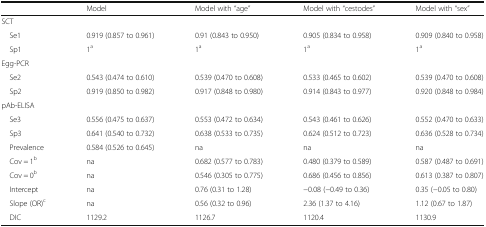
<table><thead><tr><td></td><td><b>Model</b></td><td><b>Model with “age”</b></td><td><b>Model with “cestodes”</b></td><td><b>Model with “sex”</b></td></tr></thead><tbody><tr><td colspan="5">SCT</td></tr><tr><td> Se1</td><td>0.919 (0.857 to 0.961)</td><td>0.91 (0.843 to 0.950)</td><td>0.905 (0.834 to 0.958)</td><td>0.909 (0.840 to 0.958)</td></tr><tr><td> Sp1</td><td>1<sup>a</sup></td><td>1<sup>a</sup></td><td>1<sup>a</sup></td><td>1<sup>a</sup></td></tr><tr><td colspan="5">Egg-PCR</td></tr><tr><td> Se2</td><td>0.543 (0.474 to 0.610)</td><td>0.539 (0.470 to 0.608)</td><td>0.533 (0.465 to 0.602)</td><td>0.539 (0.470 to 0.608)</td></tr><tr><td> Sp2</td><td>0.919 (0.850 to 0.982)</td><td>0.917 (0.848 to 0.980)</td><td>0.914 (0.843 to 0.977)</td><td>0.920 (0.848 to 0.984)</td></tr><tr><td colspan="5">pAb-ELISA</td></tr><tr><td> Se3</td><td>0.556 (0.475 to 0.637)</td><td>0.553 (0.472 to 0.634)</td><td>0.543 (0.461 to 0.626)</td><td>0.552 (0.470 to 0.633)</td></tr><tr><td> Sp3</td><td>0.641 (0.540 to 0.732)</td><td>0.638 (0.533 to 0.735)</td><td>0.624 (0.512 to 0.723)</td><td>0.636 (0.528 to 0.734)</td></tr><tr><td> Prevalence</td><td>0.584 (0.526 to 0.645)</td><td>na</td><td>na</td><td>na</td></tr><tr><td> Cov = 1<sup>b</sup></td><td>na</td><td>0.682 (0.577 to 0.783)</td><td>0.480 (0.379 to 0.589)</td><td>0.587 (0.487 to 0.691)</td></tr><tr><td> Cov = 0<sup>b</sup></td><td>na</td><td>0.546 (0.305 to 0.775)</td><td>0.686 (0.456 to 0.856)</td><td>0.613 (0.387 to 0.807)</td></tr><tr><td> Intercept</td><td>na</td><td>0.76 (0.31 to 1.28)</td><td>−0.08 (−0.49 to 0.36)</td><td>0.35 (−0.05 to 0.80)</td></tr><tr><td> Slope (OR)<sup>c</sup></td><td>na</td><td>0.56 (0.32 to 0.96)</td><td>2.36 (1.37 to 4.16)</td><td>1.12 (0.67 to 1.87)</td></tr><tr><td> DIC</td><td>1129.2</td><td>1126.7</td><td>1120.4</td><td>1130.9</td></tr></tbody></table>